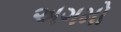
અગમો